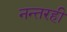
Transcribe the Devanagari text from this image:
नन्तरही